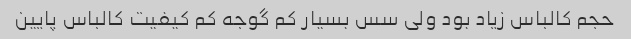
حجم کالباس زیاد بود ولی سس بسیار کم گوجه کم کیفیت کالباس پایین